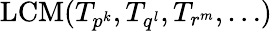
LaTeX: \operatorname{LCM}(T_{p^{k}},T_{q^{l}},T_{r^{m}},\ldots)